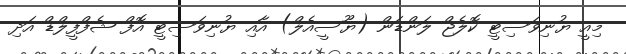
މިއީ ޔުނިވަސިޓީ ކޮލެޖް ލަންޑަން (ޔޫސީއެލް) އާއި ޔުނިވަސިޓީ އޮފް ޝެފްފީލްޑް އަދި